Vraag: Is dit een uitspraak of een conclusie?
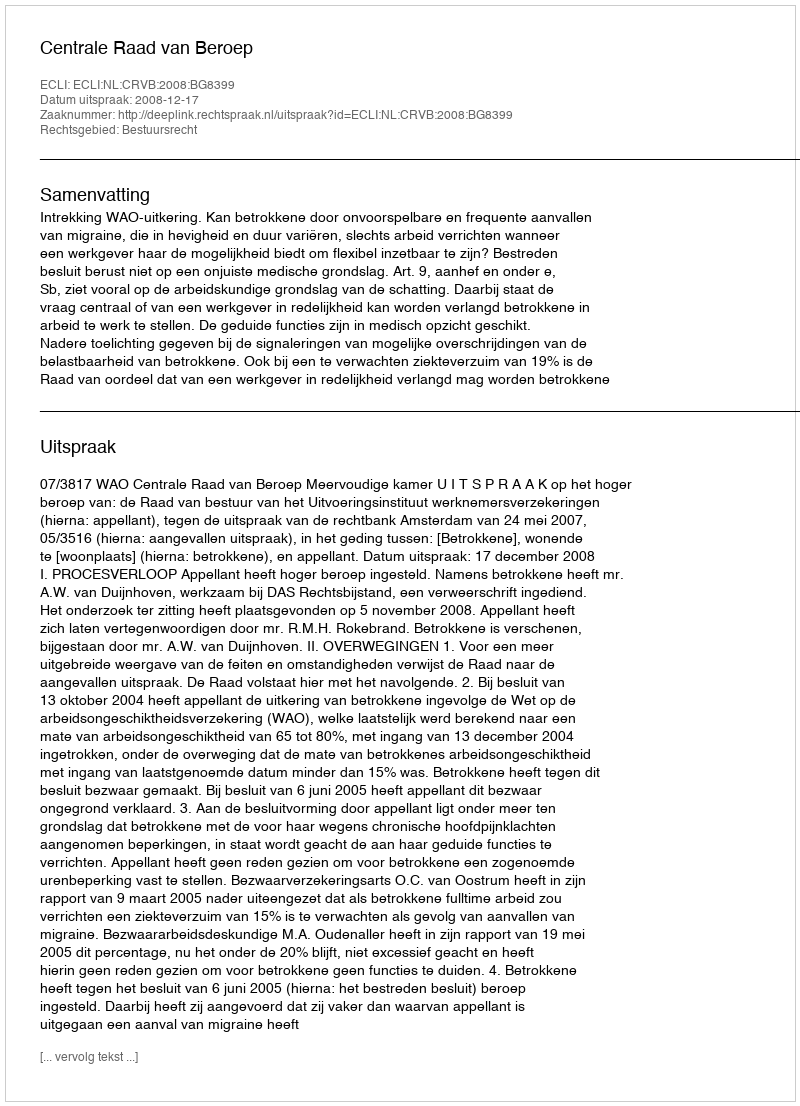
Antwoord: Uitspraak